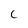
Character: C